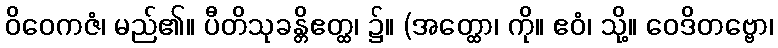
ဝိဝေကဇံ၊ မည်၏။ ပီတိသုခန္တိဧတ္ထ၊ ၌။ (အတ္ထော၊ ကို။ ဧဝံ၊ သို့။ ဝေဒိတဗ္ဗော၊